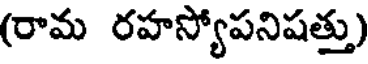
(రామ రహస్యోపనిషత్తు)